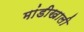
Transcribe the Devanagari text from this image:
मांडीखाली